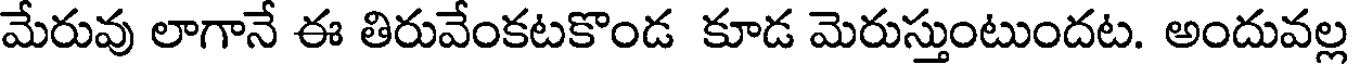
మేరువు లాగానే ఈ తిరువేంకటకొండ కూడ మెరుస్తుంటుందట. అందువల్ల